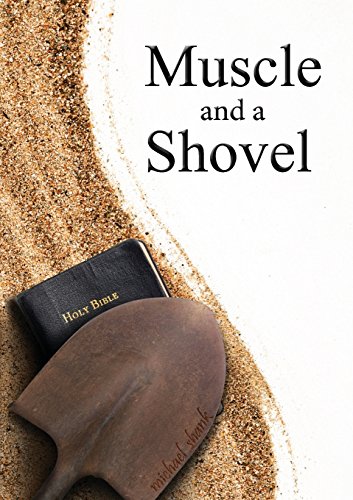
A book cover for Muscle and a Shovel; Michael Shank; Christian Books & Bibles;